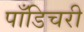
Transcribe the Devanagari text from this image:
पाँडिचरी